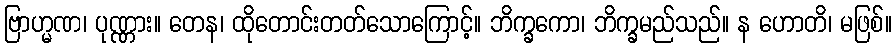
ဗြာဟ္မဏ၊ ပုဏ္ဏား။ တေန၊ ထိုတောင်းတတ်သောကြောင့်။ ဘိက္ခကော၊ ဘိက္ခမည်သည်။ န ဟောတိ၊ မဖြစ်။